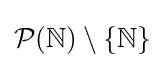
{\mathcal {P}}(\mathbb {N} )\setminus \{\mathbb {N} \}